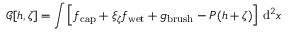
\mathcal { G } [ h , \zeta ] = \int \left[ f _ { \mathrm { c a p } } + \xi _ { \zeta } f _ { \mathrm { w e t } } + g _ { \mathrm { b r u s h } } - P ( h + \zeta ) \right] \, \mathrm { d } ^ { 2 } x